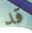
قد